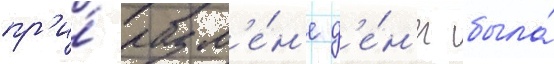
пр'и́ разм'е́н'е д'е́н'ег была́